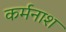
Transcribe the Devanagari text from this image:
कर्मनाश